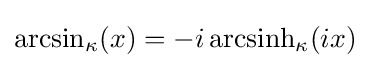
{\rm {arcsin}}_{\kappa }(x)=-i\,{\rm {arcsinh}}_{\kappa }(ix)